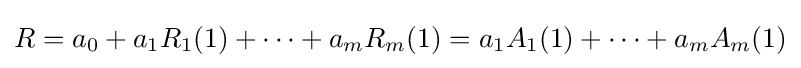
R=a_{0}+a_{1}R_{1}(1)+\cdots +a_{m}R_{m}(1)=a_{1}A_{1}(1)+\cdots +a_{m}A_{m}(1)